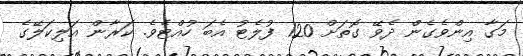
މަގާ އިންވެގެން ދެވޭ ގޮތަށް 120 ފުލެޓު އެބަ ހުއްޓެވެ. ކަރާން އަލިކަލޭގެ